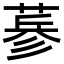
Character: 𦷇